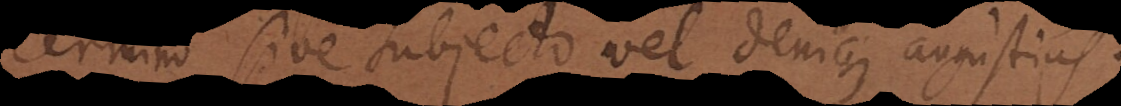
Termino sive Subjecto vel denique angustius